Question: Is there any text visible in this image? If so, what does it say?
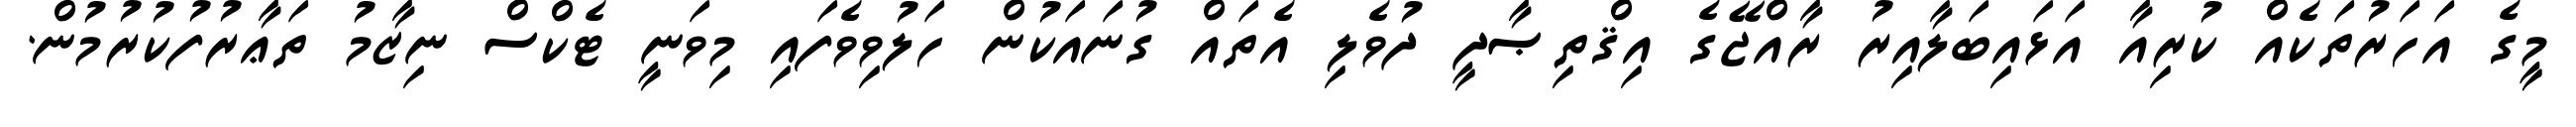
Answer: މީގެ އަހަރުތަކެއް ކުރިއާ އަޅައިބަލާއިރު ރާއްޖޭގެ އިޤްތިޞާދީ ދުވެލި އެތައް ގުނައަކުން ހަލުވިވެފައި މިވަނީ ޓެކްސް ނިޒާމު ތަޢާރުފުކުރުމުން.